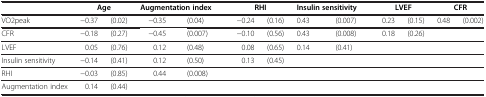
<table><thead><tr><td>[EMPTY_CELL]</td><td colspan="2"><b>Age</b></td><td colspan="2"><b>Augmentation index</b></td><td colspan="2"><b>RHI</b></td><td colspan="2"><b>Insulin sensitivity</b></td><td colspan="2"><b>LVEF</b></td><td colspan="2"><b>CFR</b></td></tr></thead><tbody><tr><td>VO2peak</td><td>−0.37</td><td>(0.02)</td><td>−0.35</td><td>(0.04)</td><td>−0.24</td><td>(0.16)</td><td>0.43</td><td>(0.007)</td><td>0.23</td><td>(0.15)</td><td>0.48</td><td>(0.002)</td></tr><tr><td>CFR</td><td>−0.18</td><td>(0.27)</td><td>−0.45</td><td>(0.007)</td><td>−0.10</td><td>(0.56)</td><td>0.43</td><td>(0.008)</td><td>0.18</td><td>(0.26)</td><td>[EMPTY_CELL]</td><td>[EMPTY_CELL]</td></tr><tr><td>LVEF</td><td>0.05</td><td>(0.76)</td><td>0.12</td><td>(0.48)</td><td>0.08</td><td>(0.65)</td><td>0.14</td><td>(0.41)</td><td>[EMPTY_CELL]</td><td>[EMPTY_CELL]</td><td>[EMPTY_CELL]</td><td>[EMPTY_CELL]</td></tr><tr><td>Insulin sensitivity</td><td>−0.14</td><td>(0.41)</td><td>0.12</td><td>(0.50)</td><td>0.13</td><td>(0.45)</td><td>[EMPTY_CELL]</td><td>[EMPTY_CELL]</td><td>[EMPTY_CELL]</td><td>[EMPTY_CELL]</td><td>[EMPTY_CELL]</td><td>[EMPTY_CELL]</td></tr><tr><td>RHI</td><td>−0.03</td><td>(0.85)</td><td>0.44</td><td>(0.008)</td><td>[EMPTY_CELL]</td><td>[EMPTY_CELL]</td><td>[EMPTY_CELL]</td><td>[EMPTY_CELL]</td><td>[EMPTY_CELL]</td><td>[EMPTY_CELL]</td><td>[EMPTY_CELL]</td><td>[EMPTY_CELL]</td></tr><tr><td>Augmentation index</td><td>0.14</td><td>(0.44)</td><td>[EMPTY_CELL]</td><td>[EMPTY_CELL]</td><td>[EMPTY_CELL]</td><td>[EMPTY_CELL]</td><td>[EMPTY_CELL]</td><td>[EMPTY_CELL]</td><td>[EMPTY_CELL]</td><td>[EMPTY_CELL]</td><td>[EMPTY_CELL]</td><td>[EMPTY_CELL]</td></tr></tbody></table>